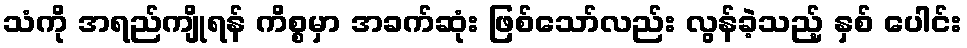
သံကို အရည်ကျိုရန် ကိစ္စမှာ အခက်ဆုံး ဖြစ်သော်လည်း လွန်ခဲ့သည့် နှစ် ပေါင်း